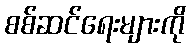
စစ်ဆင်ရေးများကို